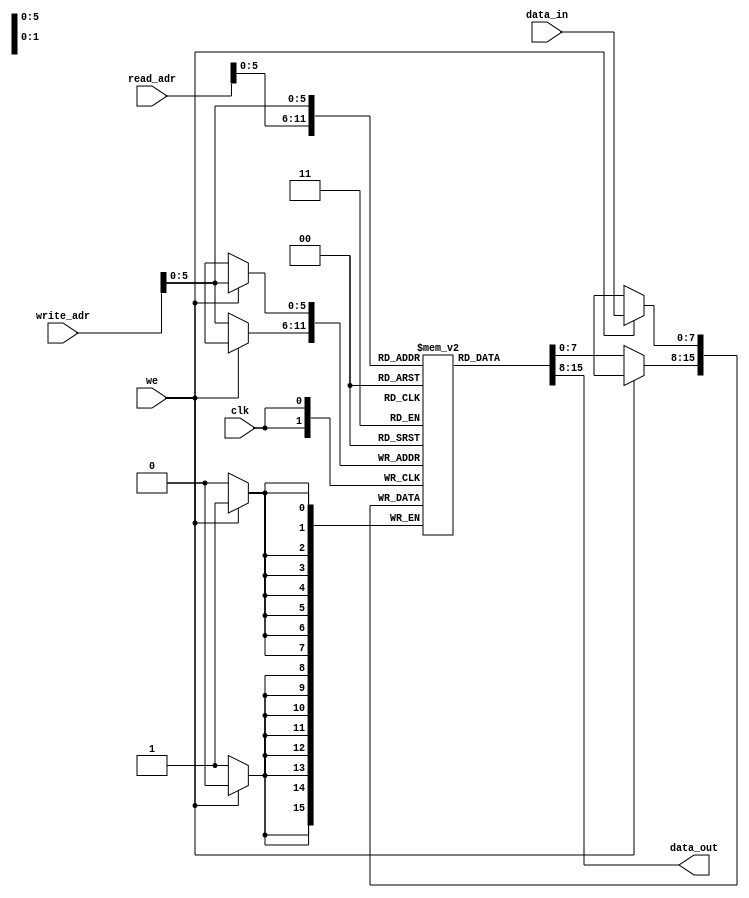
`timescale 1ns / 1ps
//////////////////////////////////////////////////////////////////////////////////
// Company: 
// Engineer: 
// 
// Design Name: 
// Module Name: RAM
// Project Name: 
// Target Devices: 
// Tool Versions: 
// Description: 
// 
// Dependencies: 
// 
// Revision:
// Revision 0.01 - File Created
// Additional Comments:
// 
//////////////////////////////////////////////////////////////////////////////////


module RAM_dist#(parameter k = 8,parameter l = 64,parameter m = 7)(

    input wire clk,
    input wire we,
    input wire [k-1:0] data_in,
    input wire [m-1:0] read_adr,
    input wire [m-1:0] write_adr,
    output wire [k-1:0] data_out

    );
    
    reg [k-1:0] RAM [l-1:0];
    
    assign data_out = RAM[read_adr];
    
     always @(posedge clk) begin 
    
        if (we) 
            
            RAM [write_adr] <= data_in;
        else
            RAM [write_adr] <= RAM [write_adr];
        end
    
    
endmodule

module RAM#(parameter k = 8,parameter l = 64,parameter m = 7)(

    input wire clk,
    input wire we,
    input wire [k-1:0] data_in,
    input wire [m-1:0] read_adr,
    input wire [m-1:0] write_adr,
    output reg [k-1:0] data_out

    );
    
    reg [k-1:0] RAM [l-1:0];
    
     always @(posedge clk) begin 
     
        data_out <= RAM[read_adr];
     
     end
     
    
     always @(posedge clk) begin 
    
        if (we) 
            
            RAM [write_adr] <= data_in;
        else
            RAM [write_adr] <= RAM [write_adr];

        end
    
    
endmodule